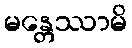
မန္တေဿာမိ